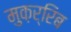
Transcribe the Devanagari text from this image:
मुक़र्रिब